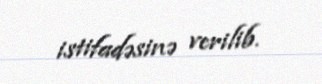
istifadəsinə verilib.